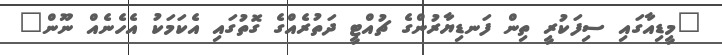
"މީޑިއާގައި ސިފަކުރީ ތިން ފަނޑިޔާރުންގެ ޗުއްޓީ ދަތުރެއްގެ ގޮތުގައި އެކަމަކު އެހެނެއް ނޫން"